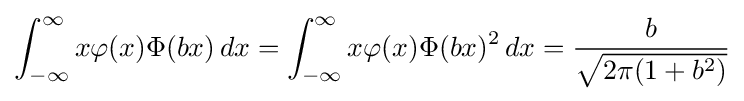
\int _{-\infty }^{\infty }x\varphi (x)\Phi (bx)\,dx=\int _{-\infty }^{\infty }x\varphi (x)\Phi (bx)^{2}\,dx={\frac {b}{\sqrt {2\pi (1+b^{2})}}}